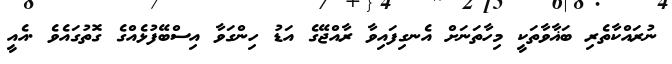
ނުރައްކާތެރި ބަޣާވާތަކީ މިހާތަނަށް އެނގިފައިވާ ރާއްޖޭގެ އަޑު ހިންގަވާ އިސްބޭފުޅެއްގެ ގޮތުގައެވެ .އެއީ